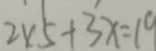
2 \times 5 + 3 x = 1 0